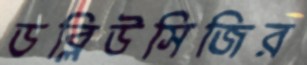
ডব্লিউসিজির